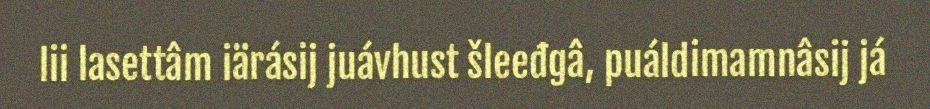
lii lasettâm iärásij juávhust šleeđgâ, puáldimamnâsij já